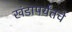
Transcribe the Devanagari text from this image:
खंडापर्यंतचे